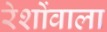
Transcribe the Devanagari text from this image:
रेशोंवाला